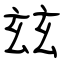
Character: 玆